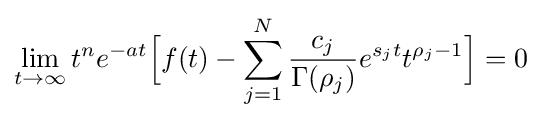
\lim _{t\to \infty }t^{n}e^{-at}{\Big [}f(t)-\sum _{j=1}^{N}{\frac {c_{j}}{\Gamma (\rho _{j})}}e^{s_{j}t}t^{\rho _{j}-1}{\Big ]}=0